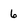
Character: 6